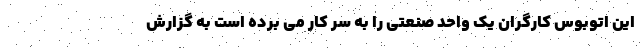
این اتوبوس کارگران یک واحد صنعتی را به سر کار می برده است به گزارش